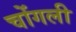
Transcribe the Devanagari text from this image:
चोंगली